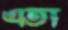
এতা